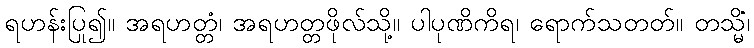
ရဟန်းပြု၍။ အရဟတ္တံ၊ အရဟတ္တဖိုလ်သို့။ ပါပုဏိကိရ၊ ရောက်သတတ်။ တသ္မိံ၊